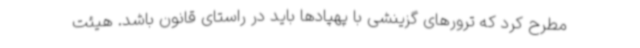
مطرح کرد که ترورهای گزینشی با پهپادها باید در راستای قانون باشد. هیئت